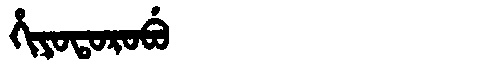
Manchu: ᡥᡳᠶᠣᡨᠣᡵᠣᠪᡠ
Romanization: HIYOTOROBU